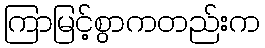
ကြာမြင့်စွာကတည်းက